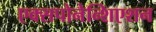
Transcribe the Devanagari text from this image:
एक्सपोनेन्शिएशन